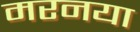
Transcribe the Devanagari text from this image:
मरनया